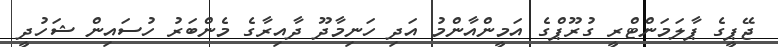
ޖޭޕީގެ ޕާލަމަންޓްރީ ގުރޫޕްގެ އަމީންއާންމު އަދި ހަނިމާދޫ ދާއިރާގެ މެންބަރު ހުސައިން ޝަހުދީ